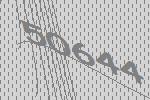
50644